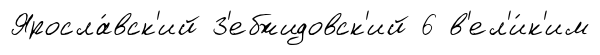
Яросла́вск'ий З'ебжидовск'ий 6 в'ел'и́к'им